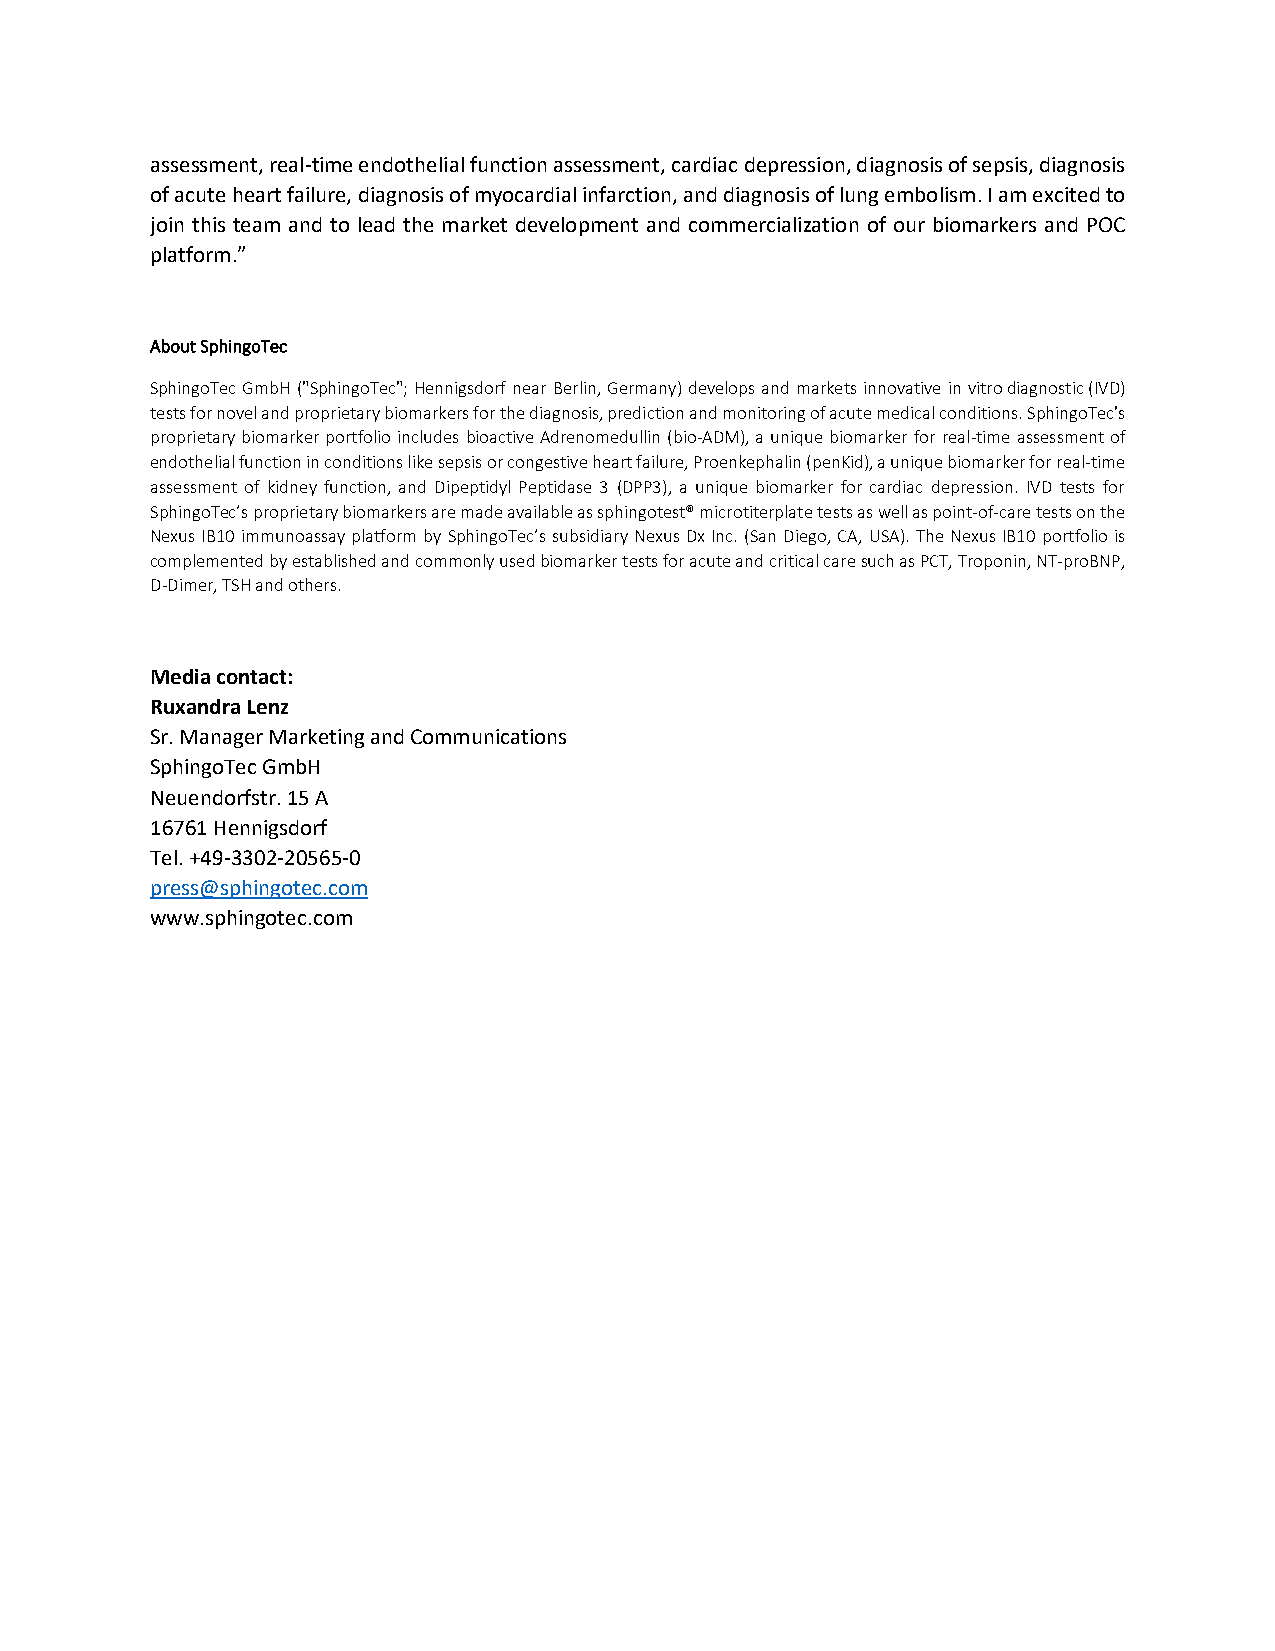
assessment, real-time endothelial function assessment, cardiac depression, diagnosis of sepsis, diagnosis
 of acute heart failure, diagnosis of myocardial infarction, and diagnosis of lung embolism. I am excited to
 join this team and to lead the market development and commercialization of our biomarkers and POC
 platform.”
 About SphingoTec
 SphingoTec GmbH ("SphingoTec"; Hennigsdorf near Berlin, Germany) develops and markets innovative in vitro diagnostic (IVD)
 tests for novel and proprietary biomarkers for the diagnosis, prediction and monitoring of acute medical conditions. SphingoTec's
 proprietary biomarker portfolio includes bioactive Adrenomedullin (bio-ADM), a unique biomarker for real-time assessment of
 endothelial function in conditions like sepsis or congestive heart failure, Proenkephalin (penKid), a unique biomarker for real-time
 assessment of kidney function, and Dipeptidyl Peptidase 3 (DPP3), a unique biomarker for cardiac depression. IVD tests for
 SphingoTec’s proprietary biomarkers are made available as sphingotest® microtiterplate tests as well as point-of-care tests on the
 Nexus IB10 immunoassay platform by SphingoTec’s subsidiary Nexus Dx Inc. (San Diego, CA, USA). The Nexus IB10 portfolio is
 complemented by established and commonly used biomarker tests for acute and critical care such as PCT, Troponin, NT-proBNP,
 D-Dimer, TSH and others.
 Media contact:
 Ruxandra Lenz
 Sr. Manager Marketing and Communications
 SphingoTec GmbH
 Neuendorfstr. 15 A
 16761 Hennigsdorf
 Tel. +49-3302-20565-0
 press@sphingotec.com
 www.sphingotec.com